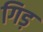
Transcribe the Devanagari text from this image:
गिड़